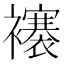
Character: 𧞼